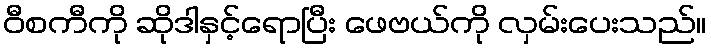
ဝီစကီကို ဆိုဒါနှင့်ရောပြီး ဖေဗယ်ကို လှမ်းပေးသည်။